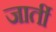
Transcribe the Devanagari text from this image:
जार्ती